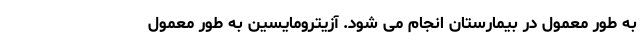
به طور معمول در بیمارستان انجام می شود. آزیترومایسین به طور معمول